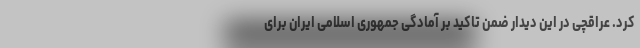
کرد. عراقچی در این دیدار ضمن تاکید بر آمادگی جمهوری اسلامی ایران برای